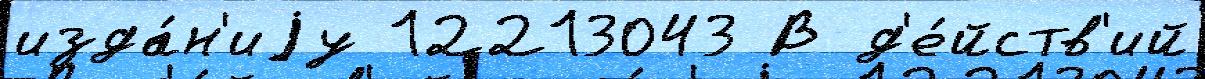
изда́н'иjу 12213043 В д'е́йств'ий